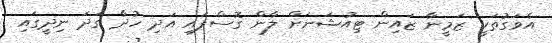
އެވަގުތަކީ ޒަމީނާ ޒައިން ޓިއުޝަނަށް ލާން ގޮސްފައި އަދި ހުދާ ގަދަ ނިދީގައި